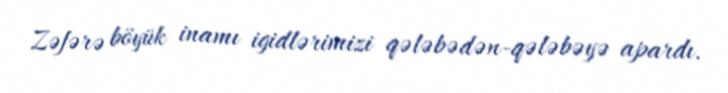
Zəfərə böyük inamı igidlərimizi qələbədən-qələbəyə apardı.